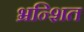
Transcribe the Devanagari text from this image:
भ्रन्शित